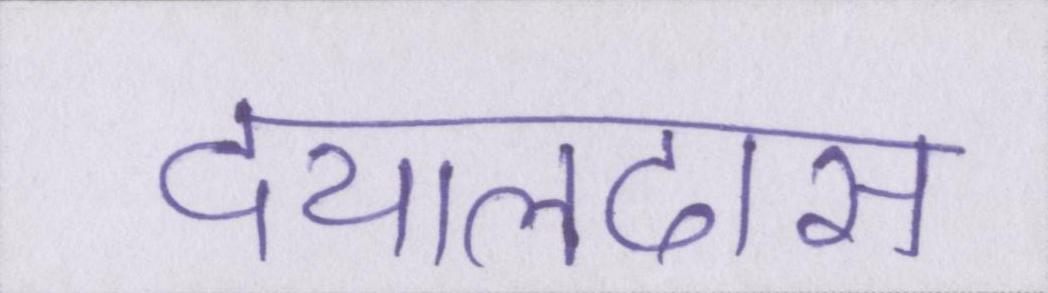
दयालदास